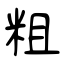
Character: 粗